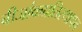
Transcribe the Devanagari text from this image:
बीजांकप्रतिस्थापन